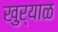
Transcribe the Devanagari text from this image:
खुऱ्याळ